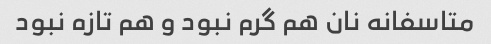
متاسفانه نان هم گرم نبود و هم تازه نبود